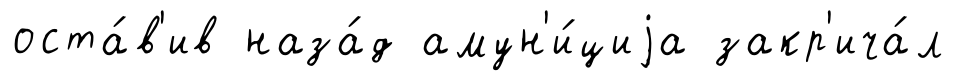
оста́в'ив наза́д амун'и́циjа закр'ича́л